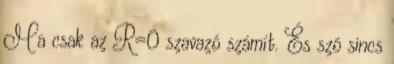
Ma csak az R=0 szavazó számít. És szó sincs